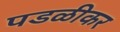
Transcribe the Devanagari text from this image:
पडळीकर